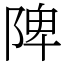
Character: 陴